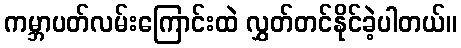
ကမ္ဘာပတ်လမ်းကြောင်းထဲ လွှတ်တင်နိုင်ခဲ့ပါတယ်။